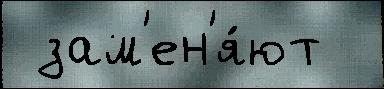
 зам'ен'я́ют